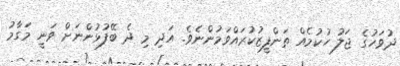
ދުވަހުގެ ޖަލު ހުކުމެއް ތަންފީޒުކުރައްވަމުންނެވެ. އަދި މި ދެ ބޭފުޅުންނަށް ވަނީ މަގާމު